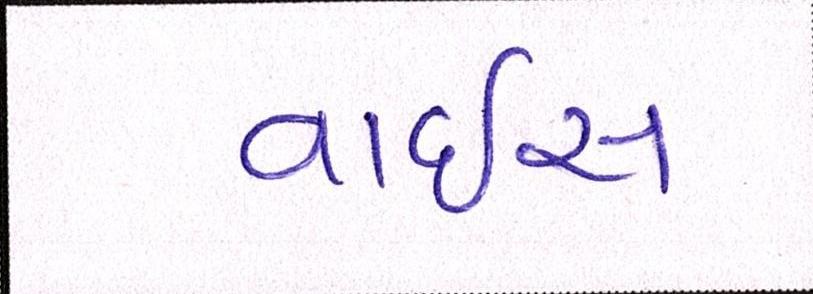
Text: વાઈસ